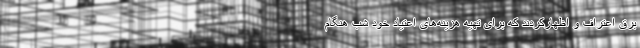
برق اعتراف و اظهارکردند که برای تهیه هزینه‌های اعتیاد خود شب هنگام